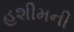
હશીમની